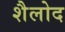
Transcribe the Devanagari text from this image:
शैलोद